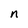
Character: n